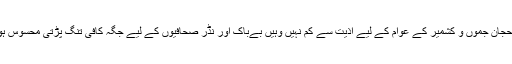
جہاں یہ رحجان جموں و کشمیر کے عوام کے لیے اذیت سے کم نہیں وہیں بےباک اور نڈر صحافیوں کے لیے جگہ کافی تنگ پڑتی محسوس ہو رہی ہے۔